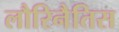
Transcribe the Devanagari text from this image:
लौरिनैतिस